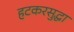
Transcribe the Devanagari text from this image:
हटकरसुद्धा